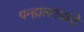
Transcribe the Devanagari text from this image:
पन्हालगडाचे